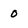
Character: 0